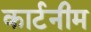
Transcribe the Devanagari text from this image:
कार्टनीम